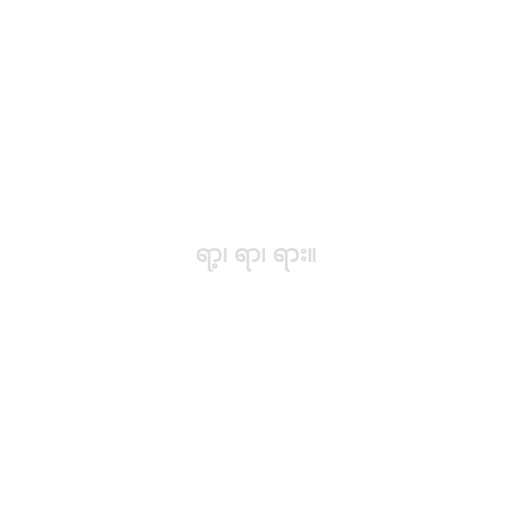
ရာ့၊ ရာ၊ ရား။